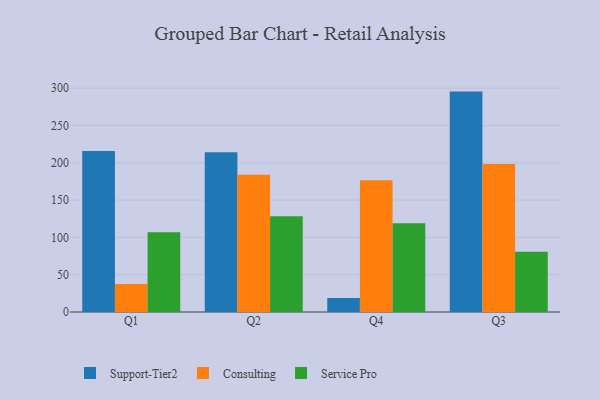
{"axis": {"x": "Quarter", "y": "Population (Million)"}, "legend": ["Consulting", "Service Pro", "Support-Tier2"], "data": [{"x": "Q1", "y": 215.9, "type": "Support-Tier2"}, {"x": "Q1", "y": 37.4, "type": "Consulting"}, {"x": "Q1", "y": 107.0, "type": "Service Pro"}, {"x": "Q2", "y": 214.2, "type": "Support-Tier2"}, {"x": "Q2", "y": 183.8, "type": "Consulting"}, {"x": "Q2", "y": 128.3, "type": "Service Pro"}, {"x": "Q4", "y": 18.9, "type": "Support-Tier2"}, {"x": "Q4", "y": 176.5, "type": "Consulting"}, {"x": "Q4", "y": 118.9, "type": "Service Pro"}, {"x": "Q3", "y": 295.4, "type": "Support-Tier2"}, {"x": "Q3", "y": 198.2, "type": "Consulting"}, {"x": "Q3", "y": 80.7, "type": "Service Pro"}]}